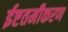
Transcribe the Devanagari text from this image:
ईष्टतमीकरण